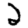
Digit: 2